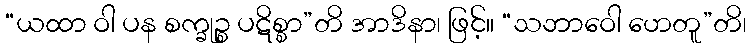
“ယထာ ဝါ ပန စက္ခုဉ္စ ပဋိစ္စာ”တိ အာဒိနာ၊ ဖြင့်။ “သဘာဝေါ ဟေတူ”တိ၊